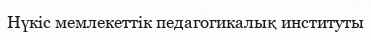
Нүкіс мемлекеттік педагогикалық институты